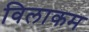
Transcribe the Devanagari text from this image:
विलाकम